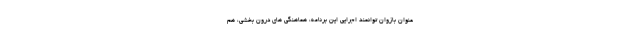
عنوان بازوان توانمند اجرایی این برنامه، هماهنگی های درون بخشی، هم